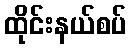
ထိုင်းနယ်စပ်